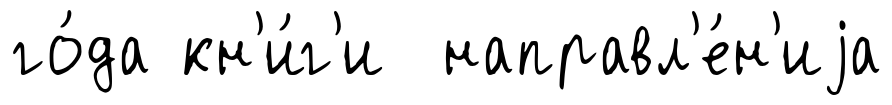
го́да кн'и́г'и направл'е́н'иjа